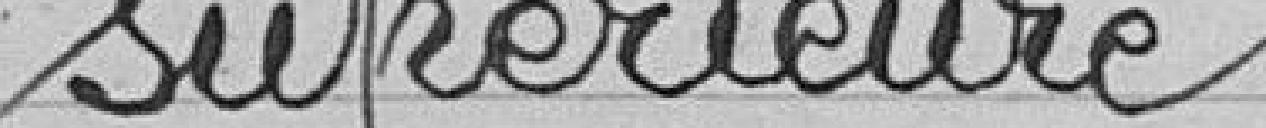
supérieure